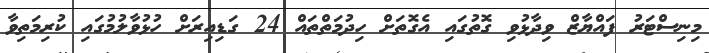
މިނިސްޓަރު ފައްޔާޒް ވިދާޅުވި ގޮތުގައި އެގޮތަށް ހިދުމަތްތައް 24 ގަޑިއިރަށް ހުޅުވާލުމުގައި ކުރިމަތިވާ